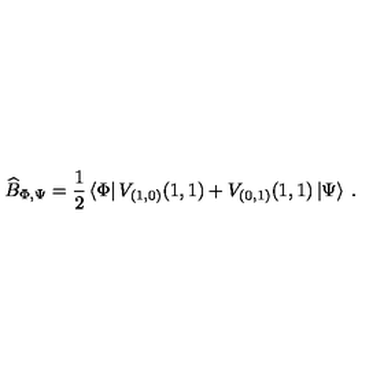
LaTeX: \widehat { B } _ { \Phi , \Psi } = \displaystyle \frac { 1 } { 2 } \left\langle \Phi \right| V _ { ( 1 , 0 ) } ( 1 , 1 ) + V _ { ( 0 , 1 ) } ( 1 , 1 ) \left| \Psi \right\rangle \: .